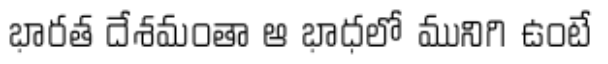
భారత దేశమంతా ఆ భాధలో మునిగి ఉంటే